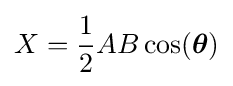
X={\frac {1}{2}}AB\cos({\boldsymbol {\theta }})